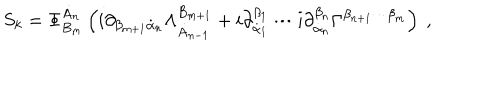
LaTeX: S _ { k } = \Phi _ { B _ { m } } ^ { \dot { A } _ { n } } \left( i \partial _ { \beta _ { m + 1 } \dot { \alpha } _ { n } } \Lambda _ { \dot { A } _ { n - 1 } } ^ { B _ { m + 1 } } + i \partial _ { \dot { \alpha } _ { 1 } } ^ { \beta _ { 1 } } \cdots i \partial _ { \dot { \alpha } _ { n } } ^ { \beta _ { n } } \Gamma ^ { \beta _ { n + 1 } \cdots \beta _ { m } } \right) \ ,